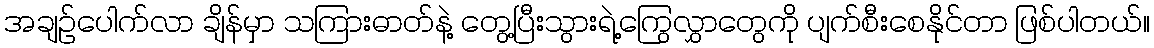
အချဉ်ပေါက်လာ ချိန်မှာ သကြားဓာတ်နဲ့ တွေ့ပြီးသွားရဲ့ကြွေလွှာတွေကို ပျက်စီးစေနိုင်တာ ဖြစ်ပါတယ်။